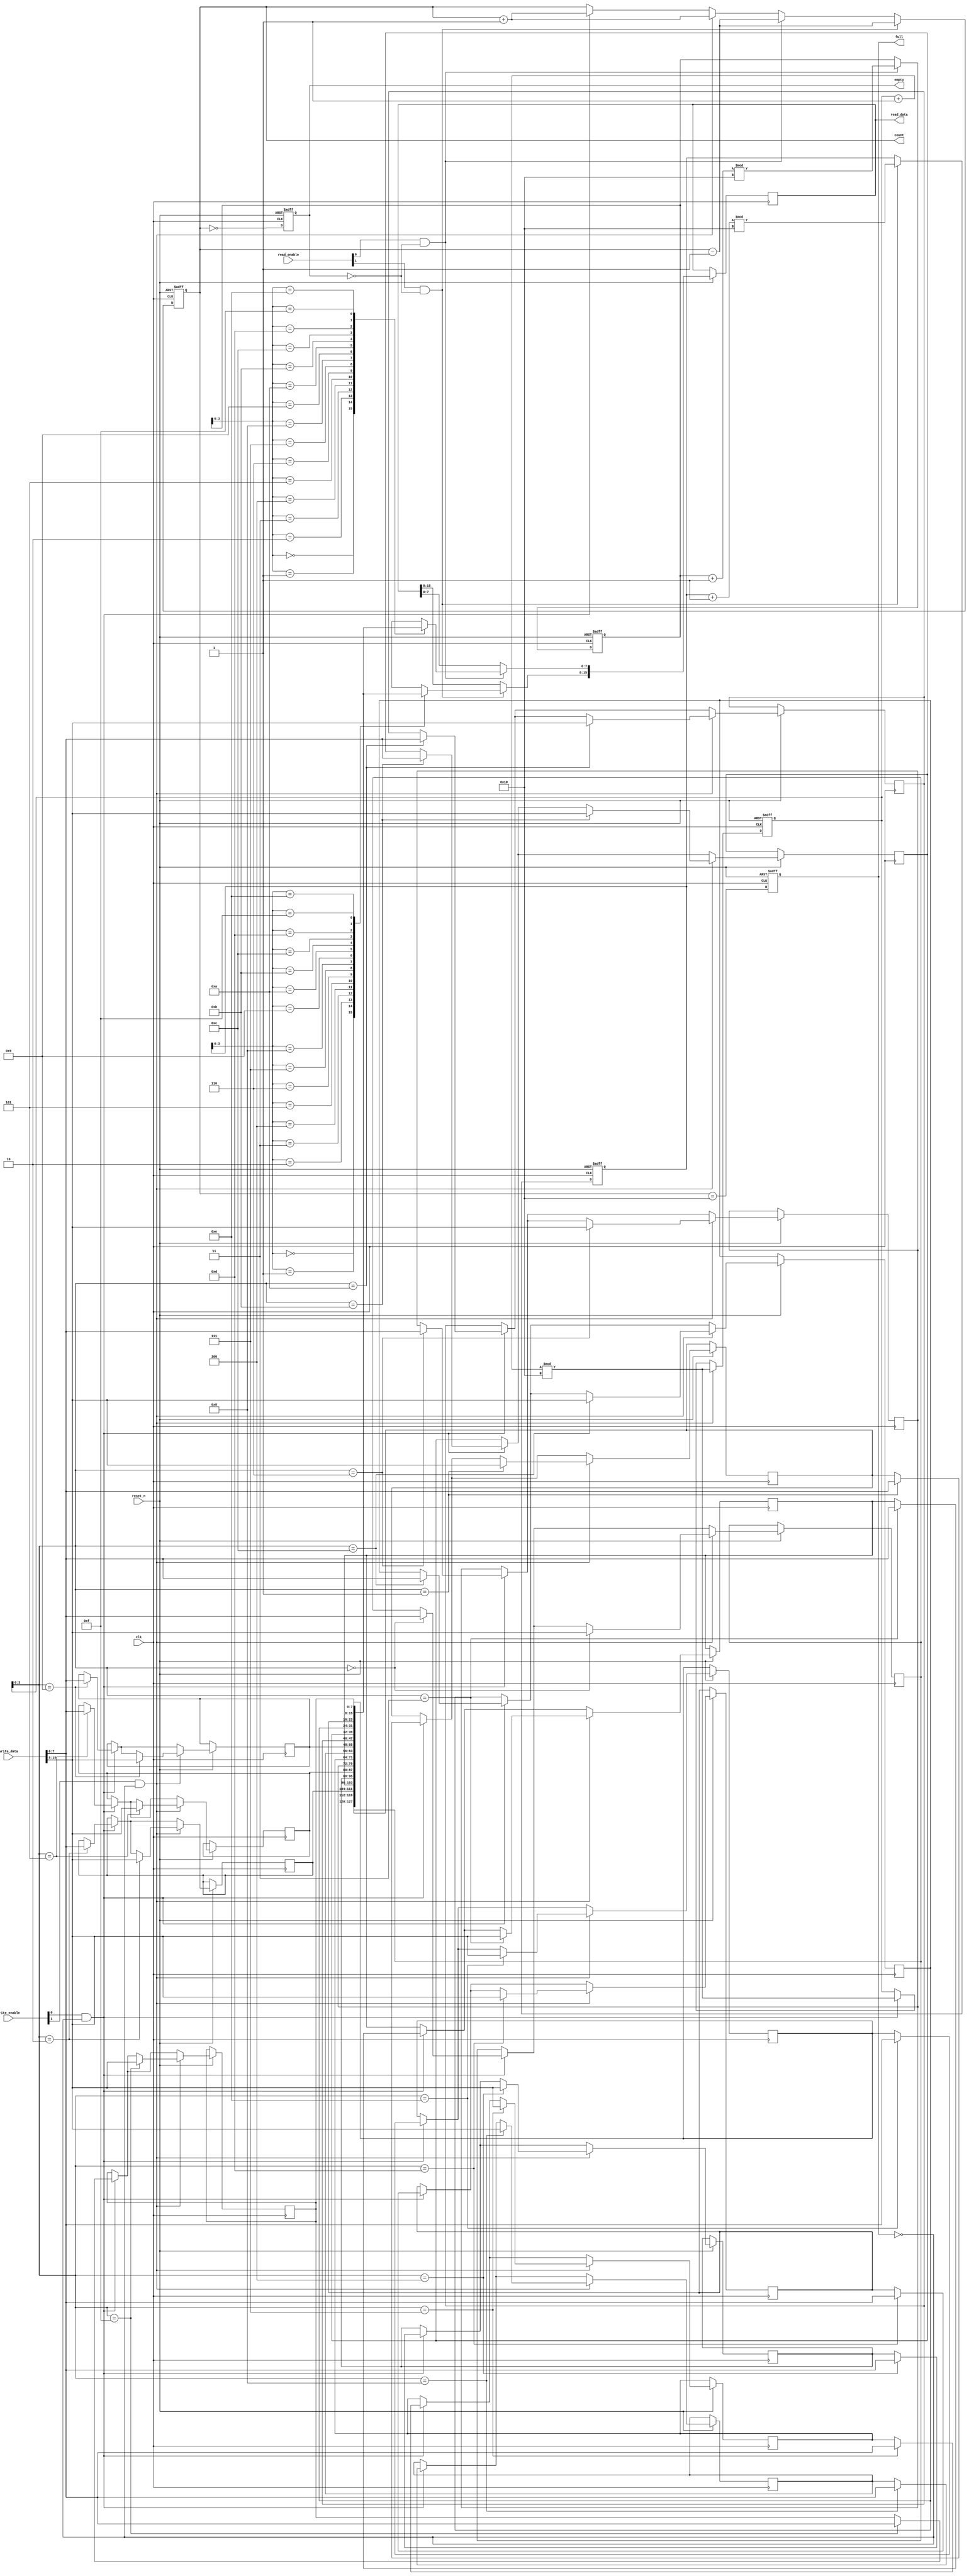
module multiport_fifo #(
    parameter DATA_WIDTH = 8,     // Width of data
    parameter FIFO_DEPTH = 16,     // Depth of FIFO
    parameter NUM_READ_PORTS = 2,  // Number of read ports
    parameter NUM_WRITE_PORTS = 2   // Number of write ports
)(
    input wire clk,
    input wire reset_n,

    // Write port signals
    input wire [NUM_WRITE_PORTS-1:0] write_enable,  // Write enable for each port
    input wire [NUM_WRITE_PORTS*DATA_WIDTH-1:0] write_data,  // Data to write (packed)
    
    // Read port signals
    input wire [NUM_READ_PORTS-1:0] read_enable,  // Read enable for each port
    output reg [NUM_READ_PORTS*DATA_WIDTH-1:0] read_data, // Data read from FIFO (packed)

    output reg full,   // Full flag
    output reg empty,  // Empty flag
    output reg [31:0] count  // Current count of items in FIFO
);

    // Internal signals
    reg [DATA_WIDTH-1:0] fifo_memory [0:FIFO_DEPTH-1]; // FIFO memory array
    reg [31:0] write_ptr;  // Write pointer
    reg [31:0] read_ptr [0:NUM_READ_PORTS-1]; // Read pointers for each port

    // Initialize the FIFO
    integer i;
    always @(posedge clk or negedge reset_n) begin
        if (!reset_n) begin
            write_ptr <= 0;
            for (i = 0; i < NUM_READ_PORTS; i = i + 1) begin
                read_ptr[i] <= 0;
            end
            full <= 0;
            empty <= 1;
            count <= 0;
        end else begin
            // Write operation
            for (i = 0; i < NUM_WRITE_PORTS; i = i + 1) begin
                if (write_enable[i] && !full) begin
                    fifo_memory[write_ptr] <= write_data[i*DATA_WIDTH +: DATA_WIDTH];
                    write_ptr <= (write_ptr + 1) % FIFO_DEPTH;
                    count <= count + 1;
                end
            end

            // Read operation
            for (i = 0; i < NUM_READ_PORTS; i = i + 1) begin
                if (read_enable[i] && !empty) begin
                    read_data[i*DATA_WIDTH +: DATA_WIDTH] <= fifo_memory[read_ptr[i]];
                    read_ptr[i] <= (read_ptr[i] + 1) % FIFO_DEPTH;
                    count <= count - 1;
                end
            end

            // Update status flags
            full <= (count == FIFO_DEPTH);
            empty <= (count == 0);
        end
    end

endmodule